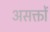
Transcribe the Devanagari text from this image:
असक्तों